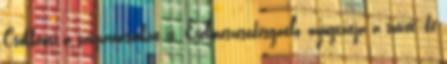
Csökkenti a szívpanaszokat is. Érelmeszesedésgátló, nyugtatja a szívet, de